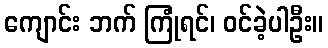
ကျောင်း ဘက် ကြုံရင်၊ ဝင်ခဲ့ပါဦး။